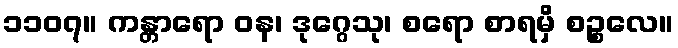
၁၁၀၇။ ကန္တာရော ဝန၊ ဒုဂ္ဂေသု၊ စရော စာရမှိ စဉ္စလေ။